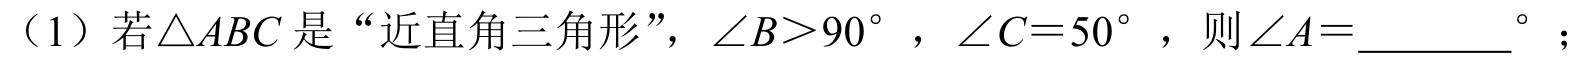
（1）若$\triangle ABC$是“近直角三角形”，$\angle B>90^{\circ}$，$\angle C = 50^{\circ}$，则$\angle A = \_\_\_\_\_^{\circ}$；